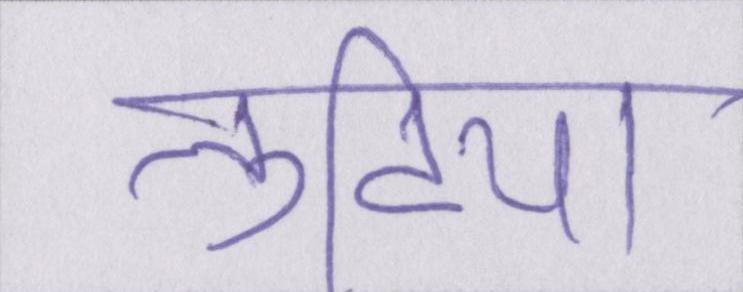
लुटिया